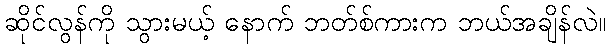
ဆိုင်လွန်ကို သွားမယ့် နောက် ဘတ်စ်ကားက ဘယ်အချိန်လဲ။